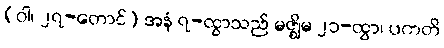
(ဝါ၊ ၂၇-တောင်) အနံ ၇-ထွာသည် မဇ္ဈိမ ၂၁-ထွာ၊ ပကတိ